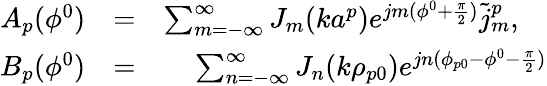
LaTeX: \begin{array}{rlr}{A_{p}(\phi^{0})}&{=}&{\sum_{m=-\infty}^{\infty}J_{m}(ka^{p})e^{jm(\phi^{0}+{\frac{\pi}{2}})}\tilde{j}_{m}^{p},\quad}\\ {B_{p}(\phi^{0})}&{=}&{\sum_{n=-\infty}^{\infty}J_{n}(k\rho_{p0})e^{jn(\phi_{p0}-\phi^{0}-{\frac{\pi}{2}})}}\end{array}